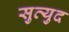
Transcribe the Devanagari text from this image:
सुव्युद